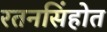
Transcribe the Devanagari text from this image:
रतनसिंहोत